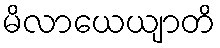
မိလာယေယျာတိ